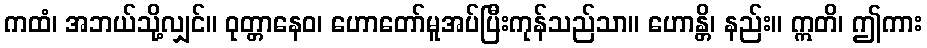
ကထံ၊ အဘယ်သို့လျှင်။ ဝုတ္တာနေဝ၊ ဟောတော်မူအပ်ပြီးကုန်သည်သာ။ ဟောန္တိ၊ နည်း။ ဣတိ၊ ဤကား